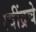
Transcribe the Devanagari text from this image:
रवींद्रचे